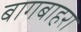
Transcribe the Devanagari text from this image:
बागबाहरा